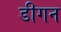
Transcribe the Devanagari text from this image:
डीगन